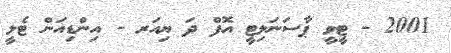
2001 - ޓީވީ ޕާސަނަލިޓީ އޮފް ދަ ޔިއަރ - އިންޑިއަން ޓެލީ